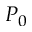
P _ { 0 }